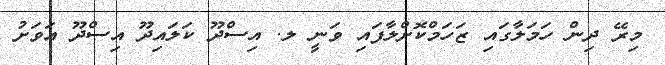
މިރޭ ދިން ހަމަލާގައި ޒަހަމްކޮށްލާފައި ވަނީ ލ. އިސްދޫ ކަލައިދޫ އިސްދޫ އަވަށު